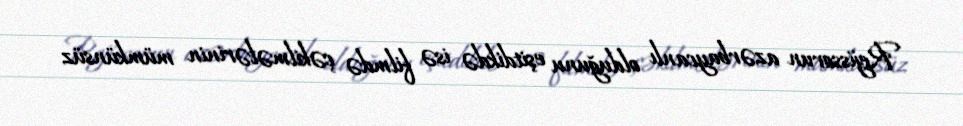
Rejissorun azərbaycanlı olduğunu eşitdikdə isə filmdə çəkilmələrinin mümkünsüz